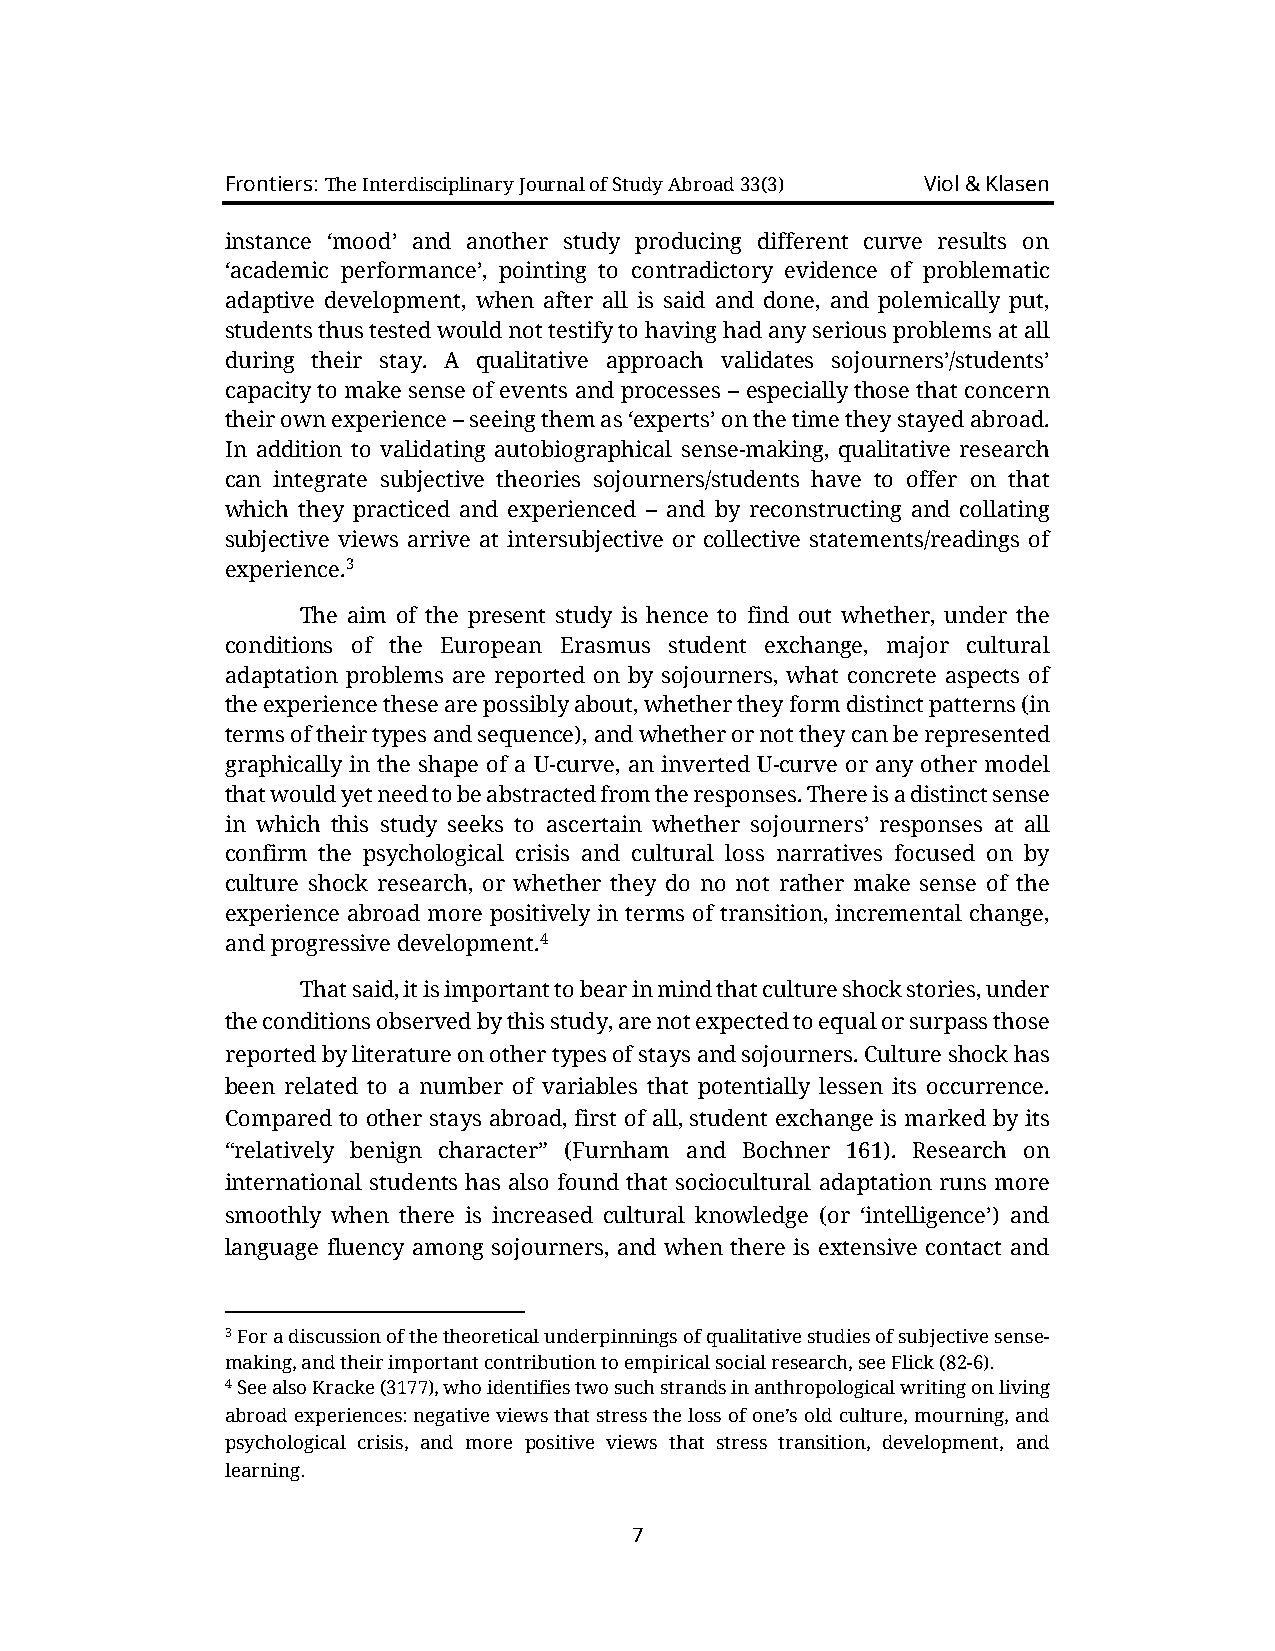
Frontiers: The Interdisciplinary Journal of Study Abroad 33(3) Viol & Klasen
 instance ‘mood’ and another study producing different curve results on
 ‘academic performance’, pointing to contradictory evidence of problematic
 adaptive development, when after all is said and done, and polemically put,
 students thus tested would not testify to having had any serious problems at all
 during their stay. A qualitative approach validates sojourners’/students’
 capacity to make sense of events and processes – especially those that concern
 their own experience – seeing them as ‘experts’ on the time they stayed abroad.
 In addition to validating autobiographical sense-making, qualitative research
 can integrate subjective theories sojourners/students have to offer on that
 which they practiced and experienced – and by reconstructing and collating
 subjective views arrive at intersubjective or collective statements/readings of
 experience.3
 The aim of the present study is hence to find out whether, under the
 conditions of the European Erasmus student exchange, major cultural
 adaptation problems are reported on by sojourners, what concrete aspects of
 the experience these are possibly about, whether they form distinct patterns (in
 terms of their types and sequence), and whether or not they can be represented
 graphically in the shape of a U-curve, an inverted U-curve or any other model
 that would yet need to be abstracted from the responses. There is a distinct sense
 in which this study seeks to ascertain whether sojourners’ responses at all
 confirm the psychological crisis and cultural loss narratives focused on by
 culture shock research, or whether they do no not rather make sense of the
 experience abroad more positively in terms of transition, incremental change,
 and progressive development.4
 That said, it is important to bear in mind that culture shock stories, under
 the conditions observed by this study, are not expected to equal or surpass those
 reported by literature on other types of stays and sojourners. Culture shock has
 been related to a number of variables that potentially lessen its occurrence.
 Compared to other stays abroad, first of all, student exchange is marked by its
 “relatively benign character” (Furnham and Bochner 161). Research on
 international students has also found that sociocultural adaptation runs more
 smoothly when there is increased cultural knowledge (or ‘intelligence’) and
 language fluency among sojourners, and when there is extensive contact and
 3 For a discussion of the theoretical underpinnings of qualitative studies of subjective sense-
 making, and their important contribution to empirical social research, see Flick (82-6).
 4 See also Kracke (3177), who identifies two such strands in anthropological writing on living
 abroad experiences: negative views that stress the loss of one’s old culture, mourning, and
 psychological crisis, and more positive views that stress transition, development, and
 learning.
 7